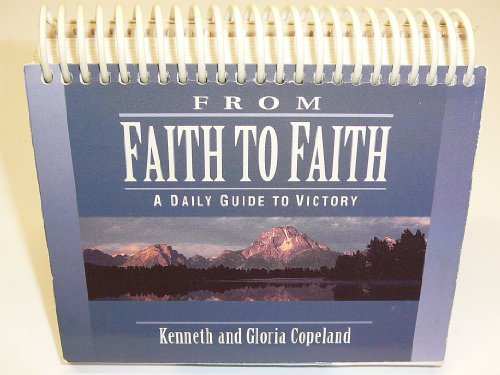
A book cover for From Faith to Faith; Kenneth Copeland; Calendars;